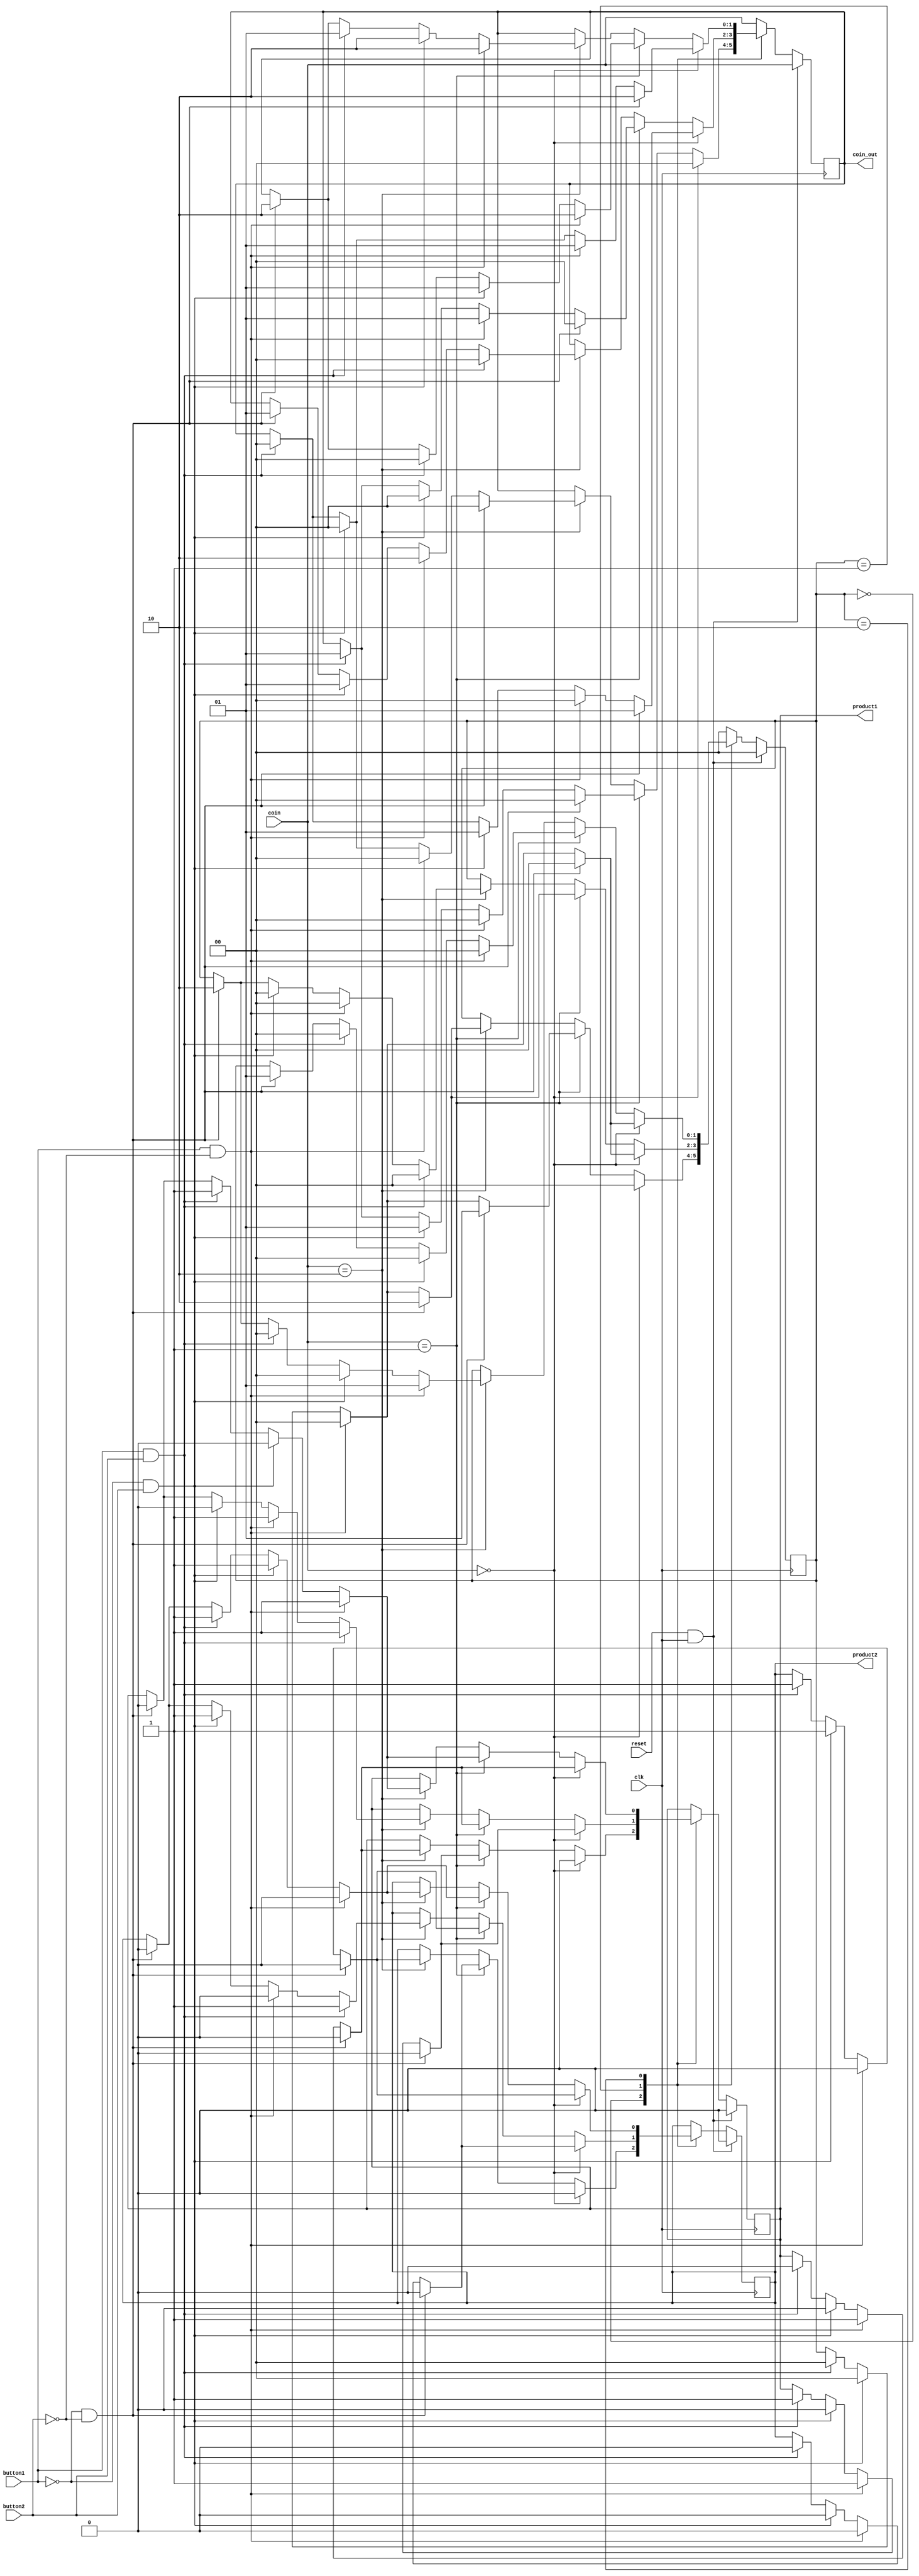
module vending_machine(clk,reset,coin,product1,product2,coin_out,button1,button2);
	 
	 input [1:0]coin;  // 01 is for 5 rs. and 10 is for 10 rs.
	 input clk,reset;
	 input button1,button2;  //button1 is for  rs5 product button2 is for rs10 product
	 reg [1:0]p_state,n_state;  //p_state is present state and n_state is next state.
	 output reg product1,product2;   //product 01 price rs5,product 10 price rs10.
	 output reg[1:0]coin_out; // 01 is for 5 rs. , 10 is for 10 rs. and 11 is for 15 rs.
	 
	 parameter s1=2'b00,
				  s2=2'b01,
				  s3=2'b10;
initial
begin
n_state=s1;
end
always@(posedge clk)
begin
	
		if(reset==1 & clk==1)
			begin
			n_state=s1;
			product1=0;
			product2=0;
			coin_out=coin;
			end
		else
			begin
			p_state=n_state;
	
				case(p_state)
					s1:begin
							if(coin==2'b0) 
								begin
								n_state=s1;
								product1=0;
								product2=0;
								coin_out=2'b0;
								end
							else if(coin==2'b01) 
							begin
							#100;
							if( button1==0 & button2==0)
								begin
								n_state=s2;
								product1=0;
								product2=0;
								coin_out=2'b0;
								end
							
							else if( button1==1 & button2==0)
								begin
								n_state=s1;
								product1=1;
								product2=0;
								coin_out=2'b0;
								end
							else if( button1==0 & button2==1)
								begin
								n_state=s1;
								product1=0;
								product2=0;
								coin_out=2'b01;
								end
							else if( button1==1 & button2==1)
								begin
								n_state=s1;
								product1=1;
								product2=0;
								coin_out=2'b01;
								end
							end
							else if(coin==2'b10)
							begin
							#100;
							if(button1==0 & button2==0)
								begin
								n_state=s3;
								product1=0;
								product2=0;
								coin_out=2'b0;
								end
							else if(button1==1 & button2==0)
								begin
								n_state=s1;
								product1=1;
								product2=0;
								coin_out=2'b00;
								end
							else if(button1==0 & button2==1)
								begin
								n_state=s1;
								product1=0;
								product2=1;
								coin_out=2'b0;
								end
							else if(button1==1 & button2==1)
								begin
								n_state=s1;
								product1=0;
								product2=1;
								coin_out=2'b0;
								end
							end	
						end
					s2:begin
							if(coin==2'b0)
							begin 
							#100;
							if( button1==0 & button2==0)
								begin
								n_state=s1;
								product1=0;
								product2=0;
								coin_out=2'b01;
								end
							else if( button1==1 & button2==0)
								begin
								n_state=s1;
								product1=1;
								product2=0;
								coin_out=2'b0;
								end
							else if( button1==0 & button2==1)
								begin
								n_state=s1;
								product1=0;
								product2=0;
								coin_out=2'b01;
								end
							else if( button1==1 & button2==1)
								begin
								n_state=s1;
								product1=1;
								product2=0;
								coin_out=2'b0;
								end
							end
							else if(coin==2'b01)
							begin
							#100;
							if( button1==0 & button2==0)
								begin
								n_state=s3;
								product1=0;
								product2=0;
								coin_out=2'b0;
								end
								
						   else if( button1==1 & button2==0)
								begin
								n_state=s1;
								product1=1;
								product2=0;
								coin_out=2'b01;
								end
							else if( button1==0 & button2==1)
								begin
								n_state=s1;
								product1=0;
								product2=1;
								coin_out=2'b0;
								end
							else if( button1==1 & button2==1)
								begin
								n_state=s1;
								product1=0;
								product2=1;
								coin_out=2'b01;
								end
							end
							else if(coin==2'b10)
							begin
							#100;
							if( button1==1 & button2==1)
								begin
								n_state=s1;
								product1=1;
								product2=1;
								coin_out=2'b0;
								end
							else if( button1==1 & button2==0)
								begin
								n_state=s1;
								product1=1;
								product2=0;
								coin_out=2'b10;
								end
							else if( button1==0 & button2==1)
								begin
								n_state=s1;
								product1=0;
								product2=1;
								coin_out=2'b01;
								end
							else if( button1==0 & button2==0)
								begin
								n_state=s3;
								product1=0;
								product2=0;
								coin_out=2'b01;
								end
							end	
						end
					s3:begin
							if(coin==2'b0)
							begin 
							#100;
							if( button1==0 & button2==0)
								begin
								n_state=s1;
								product1=0;
								product2=0;
								coin_out=2'b10;
								end
							else if(button1==1 & button2==0)
								begin
								n_state=s1;
								product1=1;
								product2=0;
								coin_out=2'b01;
								end
							else if( button1==0 & button2==1)
								begin
								n_state=s1;
								product1=0;
								product2=1;
								coin_out=2'b00;
								end
							else if( button1==1 & button2==1)
								begin
								n_state=s1;
								product1=0;
								product2=1;
								coin_out=2'b00;
								end
							end
							else if(coin==2'b01)
							begin 
							#100;
							if( button1==1 & button2==0)
								begin
								n_state=s1;
								product1=1;
								product2=0;
								coin_out=2'b10;
								end
							else if( button1==0 & button2==1)
								begin
								n_state=s1;
								product1=0;
								product2=1;
								coin_out=2'b01;
								end
							else if( button1==1 & button2==1)
								begin
								n_state=s1;
								product1=1;
								product2=1;
								coin_out=2'b0;
								end
							else if( button1==0 & button2==0)
								begin
								n_state=s2;
								product1=0;
								product2=0;
								coin_out=2'b10;
								end
							end
							else if(coin==2'b10)
							begin 
							#100;
							if( button1==1 & button2==0)
								begin
								n_state=s2;
								product1=1;
								product2=0;
								coin_out=2'b10;
								end
							else if( button1==0 & button2==1)
								begin
								n_state=s1;
								product1=0;
								product2=1;
								coin_out=2'b10;
								end
							else if( button1==1 & button2==1)
								begin
								n_state=s1;
								product1=1;
								product2=1;
								coin_out=2'b01;
								end
							else if( button1==0 & button2==0)
								begin
								n_state=s3;
								product1=0;
								product2=0;
								coin_out=2'b10;
								end
							end
						end
					default:begin
								coin_out=coin;
								n_state=s1;
								end
						
					endcase
			end
	end
endmodule